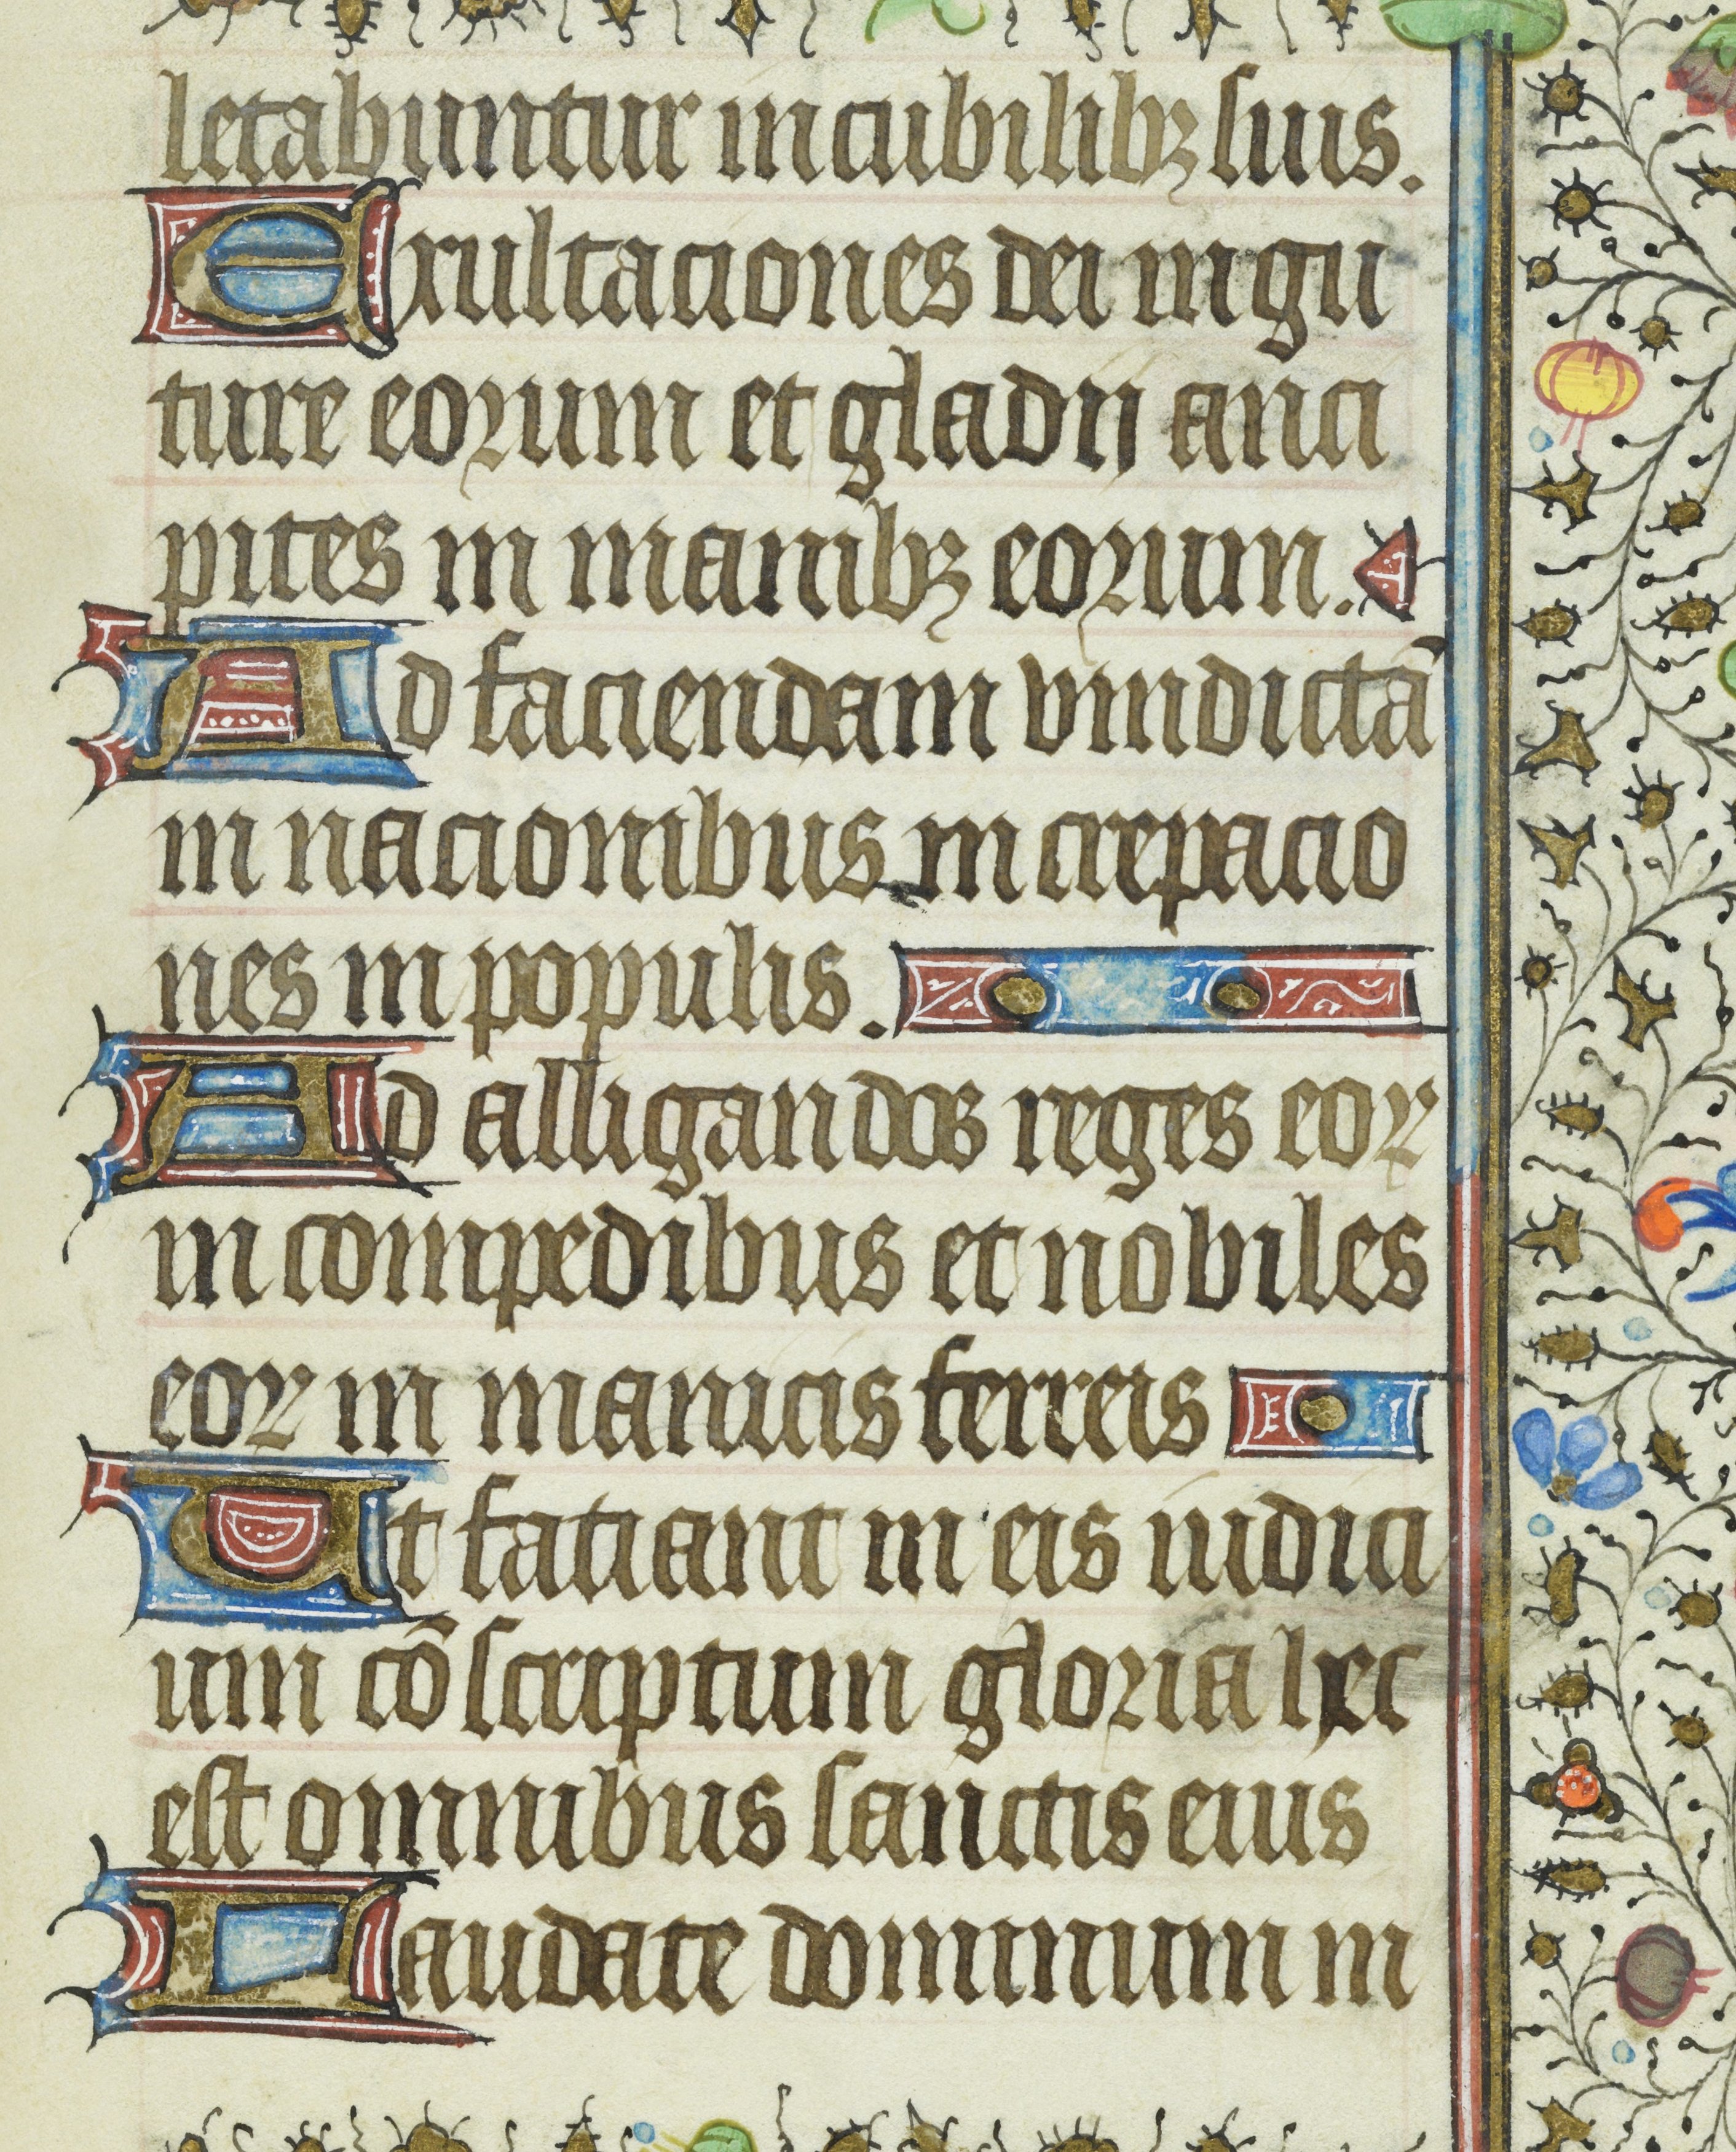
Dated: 1435–1465